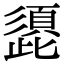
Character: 頾